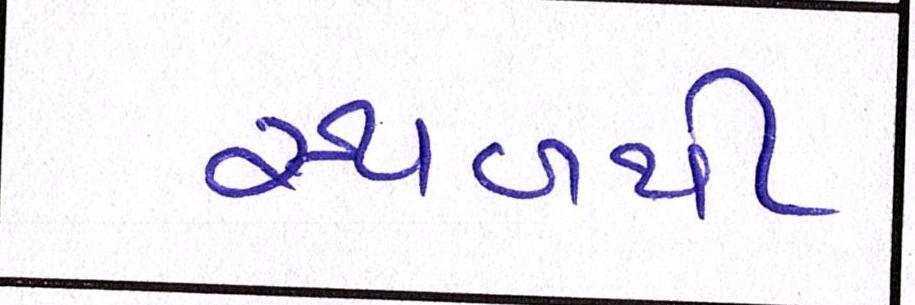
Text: સ્થળથી